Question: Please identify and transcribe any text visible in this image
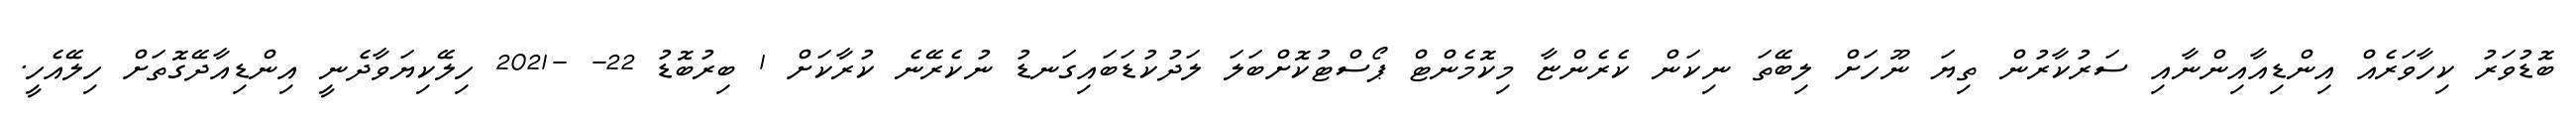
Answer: ބޮޑުވަރު ކިހާވަރެއް އިންޑިއާއިންނާއި ސަރުކާރުން ތިޔަ ނޫހަށް ލިބޭތަ ނިކަން ކެރެންޏާ މިކޮމެންޓް ޕޯސްޓުކޮށްބަލަ ލަދުކުޑަބައިގަނޑު ނުކެރޭނެ ކުރާކަށް 1 ބިރުބޮޑު 22- -2021 ހިލޭކިޔަވާދެނީ އިންޑިއާދޭގޮތަށް ހިލޭއެހީ.